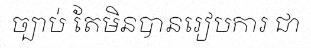
ច្បាប់ តែមិនបានរៀបការ ជា